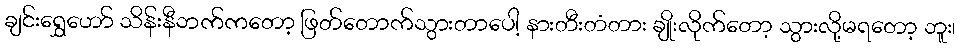
ချင်းရွှေဟော် သိန်းနီဘက်ကတော့ ဖြတ်တောက်သွားတာပေါ့ နားတီးတံတား ချိုးလိုက်တော့ သွားလို့မရတော့ ဘူး၊